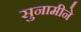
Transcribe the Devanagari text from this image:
सुनामीने